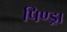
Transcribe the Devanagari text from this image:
पिण्‍ड्रा